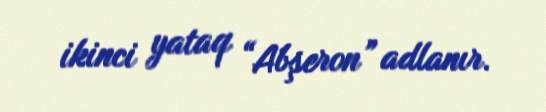
ikinci yataq “Abşeron” adlanır.